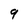
Character: 9